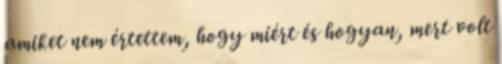
amiket nem értettem, hogy miért és hogyan, mert volt